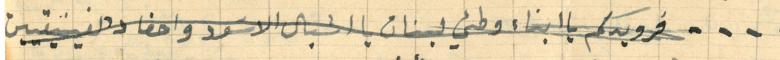
....فرويدكم يا ابناء وطني لبنان يا اشبال الاسَود واحفاد والفينيقيين